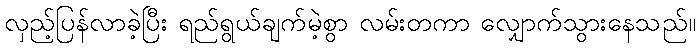
လှည့်ပြန်လာခဲ့ပြီး ရည်ရွယ်ချက်မဲ့စွာ လမ်းတကာ လျှောက်သွားနေသည်။